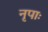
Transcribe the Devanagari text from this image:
नृपाः